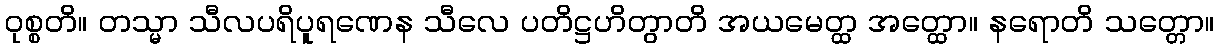
ဝုစ္စတိ။ တသ္မာ သီလပရိပူရဏေန သီလေ ပတိဋ္ဌဟိတွာတိ အယမေတ္ထ အတ္ထော။ နရောတိ သတ္တော။